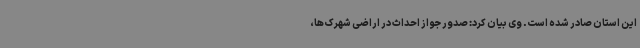
این استان صادر شده است. وی بیان کرد: صدور جواز احداث در اراضی شهرک‌ها،